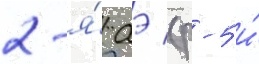
2-я́ аэ (р-5 и́